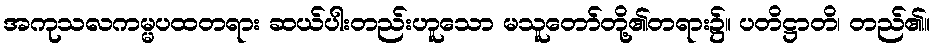
အကုသလကမ္မပထတရား ဆယ်ပါးတည်းဟူသော မသူတော်တို့၏တရား၌။ ပတိဋ္ဌာတိ၊ တည်၏။